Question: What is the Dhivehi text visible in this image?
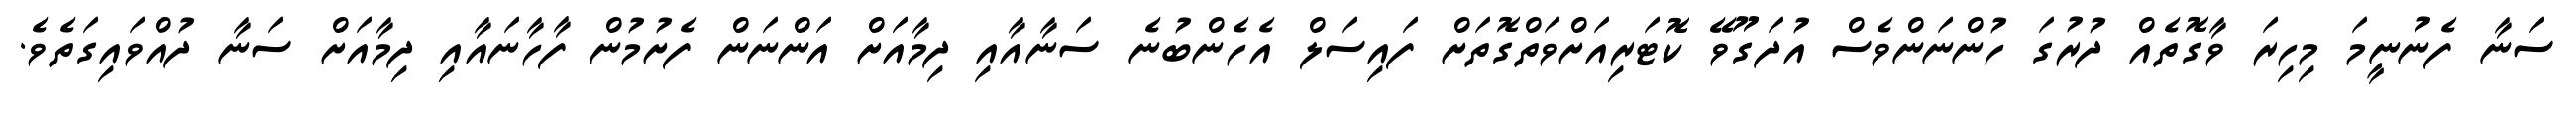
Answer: ސަނާ ފެނުނީމަ މިހިރަ ވާގޮތެއް ދުރުގަ ހުންނަންވެސް އުދަގޫވޭ ކޮޓަރިއަށްވަތްގޮތަށް ފައިސަލް އެހެންބުނެ ސަނާއާއި ދިމާއަށް އަންނަން ފެށުމުން ފާހާނައާއި ދިމާއަށް ސަނާ ދުއްވައިގަތެވެ.